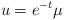
LaTeX: \begin{align*}u=e^{-t}\mu\end{align*}